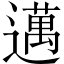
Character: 邁